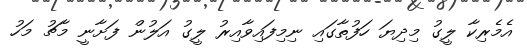
އެމެރިކާ ލީގު މިދިޔަ ހަފުތާގައި ނިމިފައިވާއިރު ލީގު އަލުން ފަށާނީ މާޗު މަހު